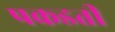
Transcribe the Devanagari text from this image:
पकडती